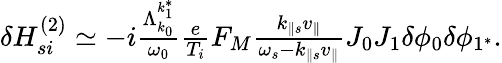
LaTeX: \begin{array}{r}{\delta H_{si}^{(2)}\simeq-i\frac{\Lambda_{k_{0}}^{k_{1}^{*}}}{\omega_{0}}\frac{e}{T_{i}}F_{M}\frac{k_{\parallel s}v_{\parallel}}{\omega_{s}-k_{\parallel s}v_{\parallel}}J_{0}J_{1}\delta\phi_{0}\delta\phi_{1^{*}}.}\end{array}